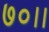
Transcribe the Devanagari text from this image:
७०।।